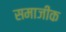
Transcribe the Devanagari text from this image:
समाजीक